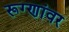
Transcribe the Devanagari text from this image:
रूग्णांवर